Annual report of the Punjab Veterinary College and of the Civil Veterinary Department, Punjab - 1894-1908
Year: 1894
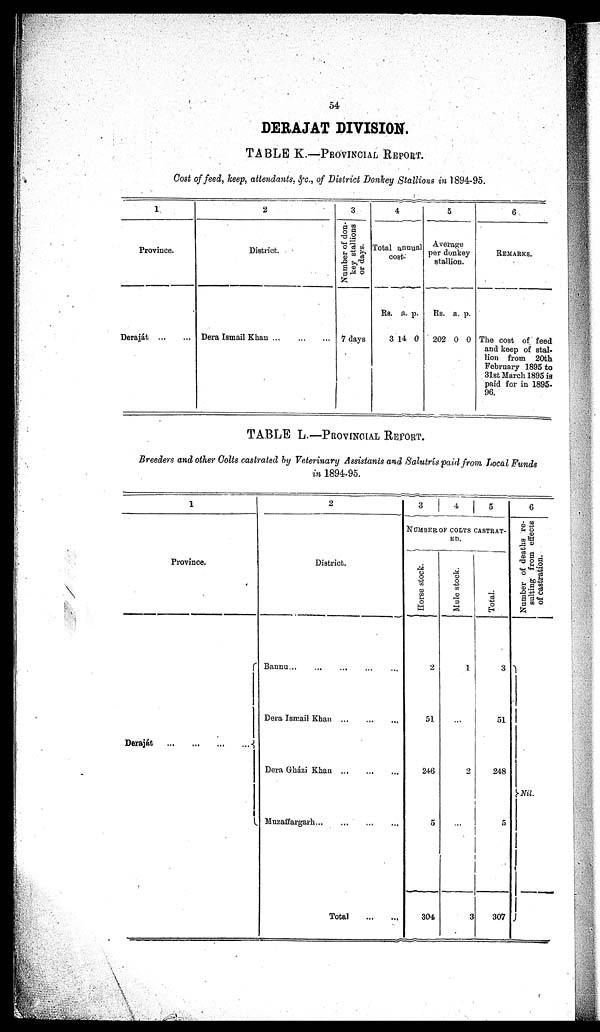
54
DERAJAT DIVISION.
TABLE K.—PROVINCIAL REPORT.
Cost of feed, keep, attendants, &c., of District Donkey Stallions in 1894-95.
1
Province.
Deraját ... ...
2
District.
Dera Ismail Khan
...
...
...
3
Number of don-
key stallions
or days.
7 days
4
Total annual
cost.
Rs.
3
a.
14
p.
0
5
Average
per donkey
stallion.
Rs.
202
a.
0
p.
0
6
REMARKS.
The cost of feed
and keep of stal-
lion from 20th
February 1895 to
31st March 1895 is
paid for in 1895-
96.
TABLE L.—PROVINCIAL REPORT.
Breeders and other Colts castrated by Veterinary Assistants and Salutrís paid from Local Funds
in 1894-95.
1
Province.
Deraját
...
...
...
...
2
District.
Bannu ... ... ... ... ...
Dera Ismail Khan
...
...
...
Dera Gházi Khan
...
...
...
Muzaffargarh... ... ... ...
Total
...
...
3
4
5
NUMBER OF COLTS CASTRAT-
ED
Horse stock.
2
51
246
5
304
Mule stock.
1
...
2
...
3
Total.
3
51
248
5
307
6
Number of deaths re-
sulting from effects
of castration.
Nil.